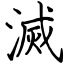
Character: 滅